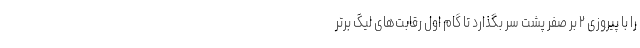
را با پیروزی ۲ بر صفر پشت سر بگذارد تا گام اول رقابت‌های لیگ برتر